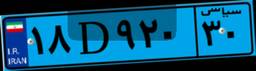
۵۰D۰۳۱۱۳